Eesti_Vabariigi_Tartu_Ulikool, lk 107
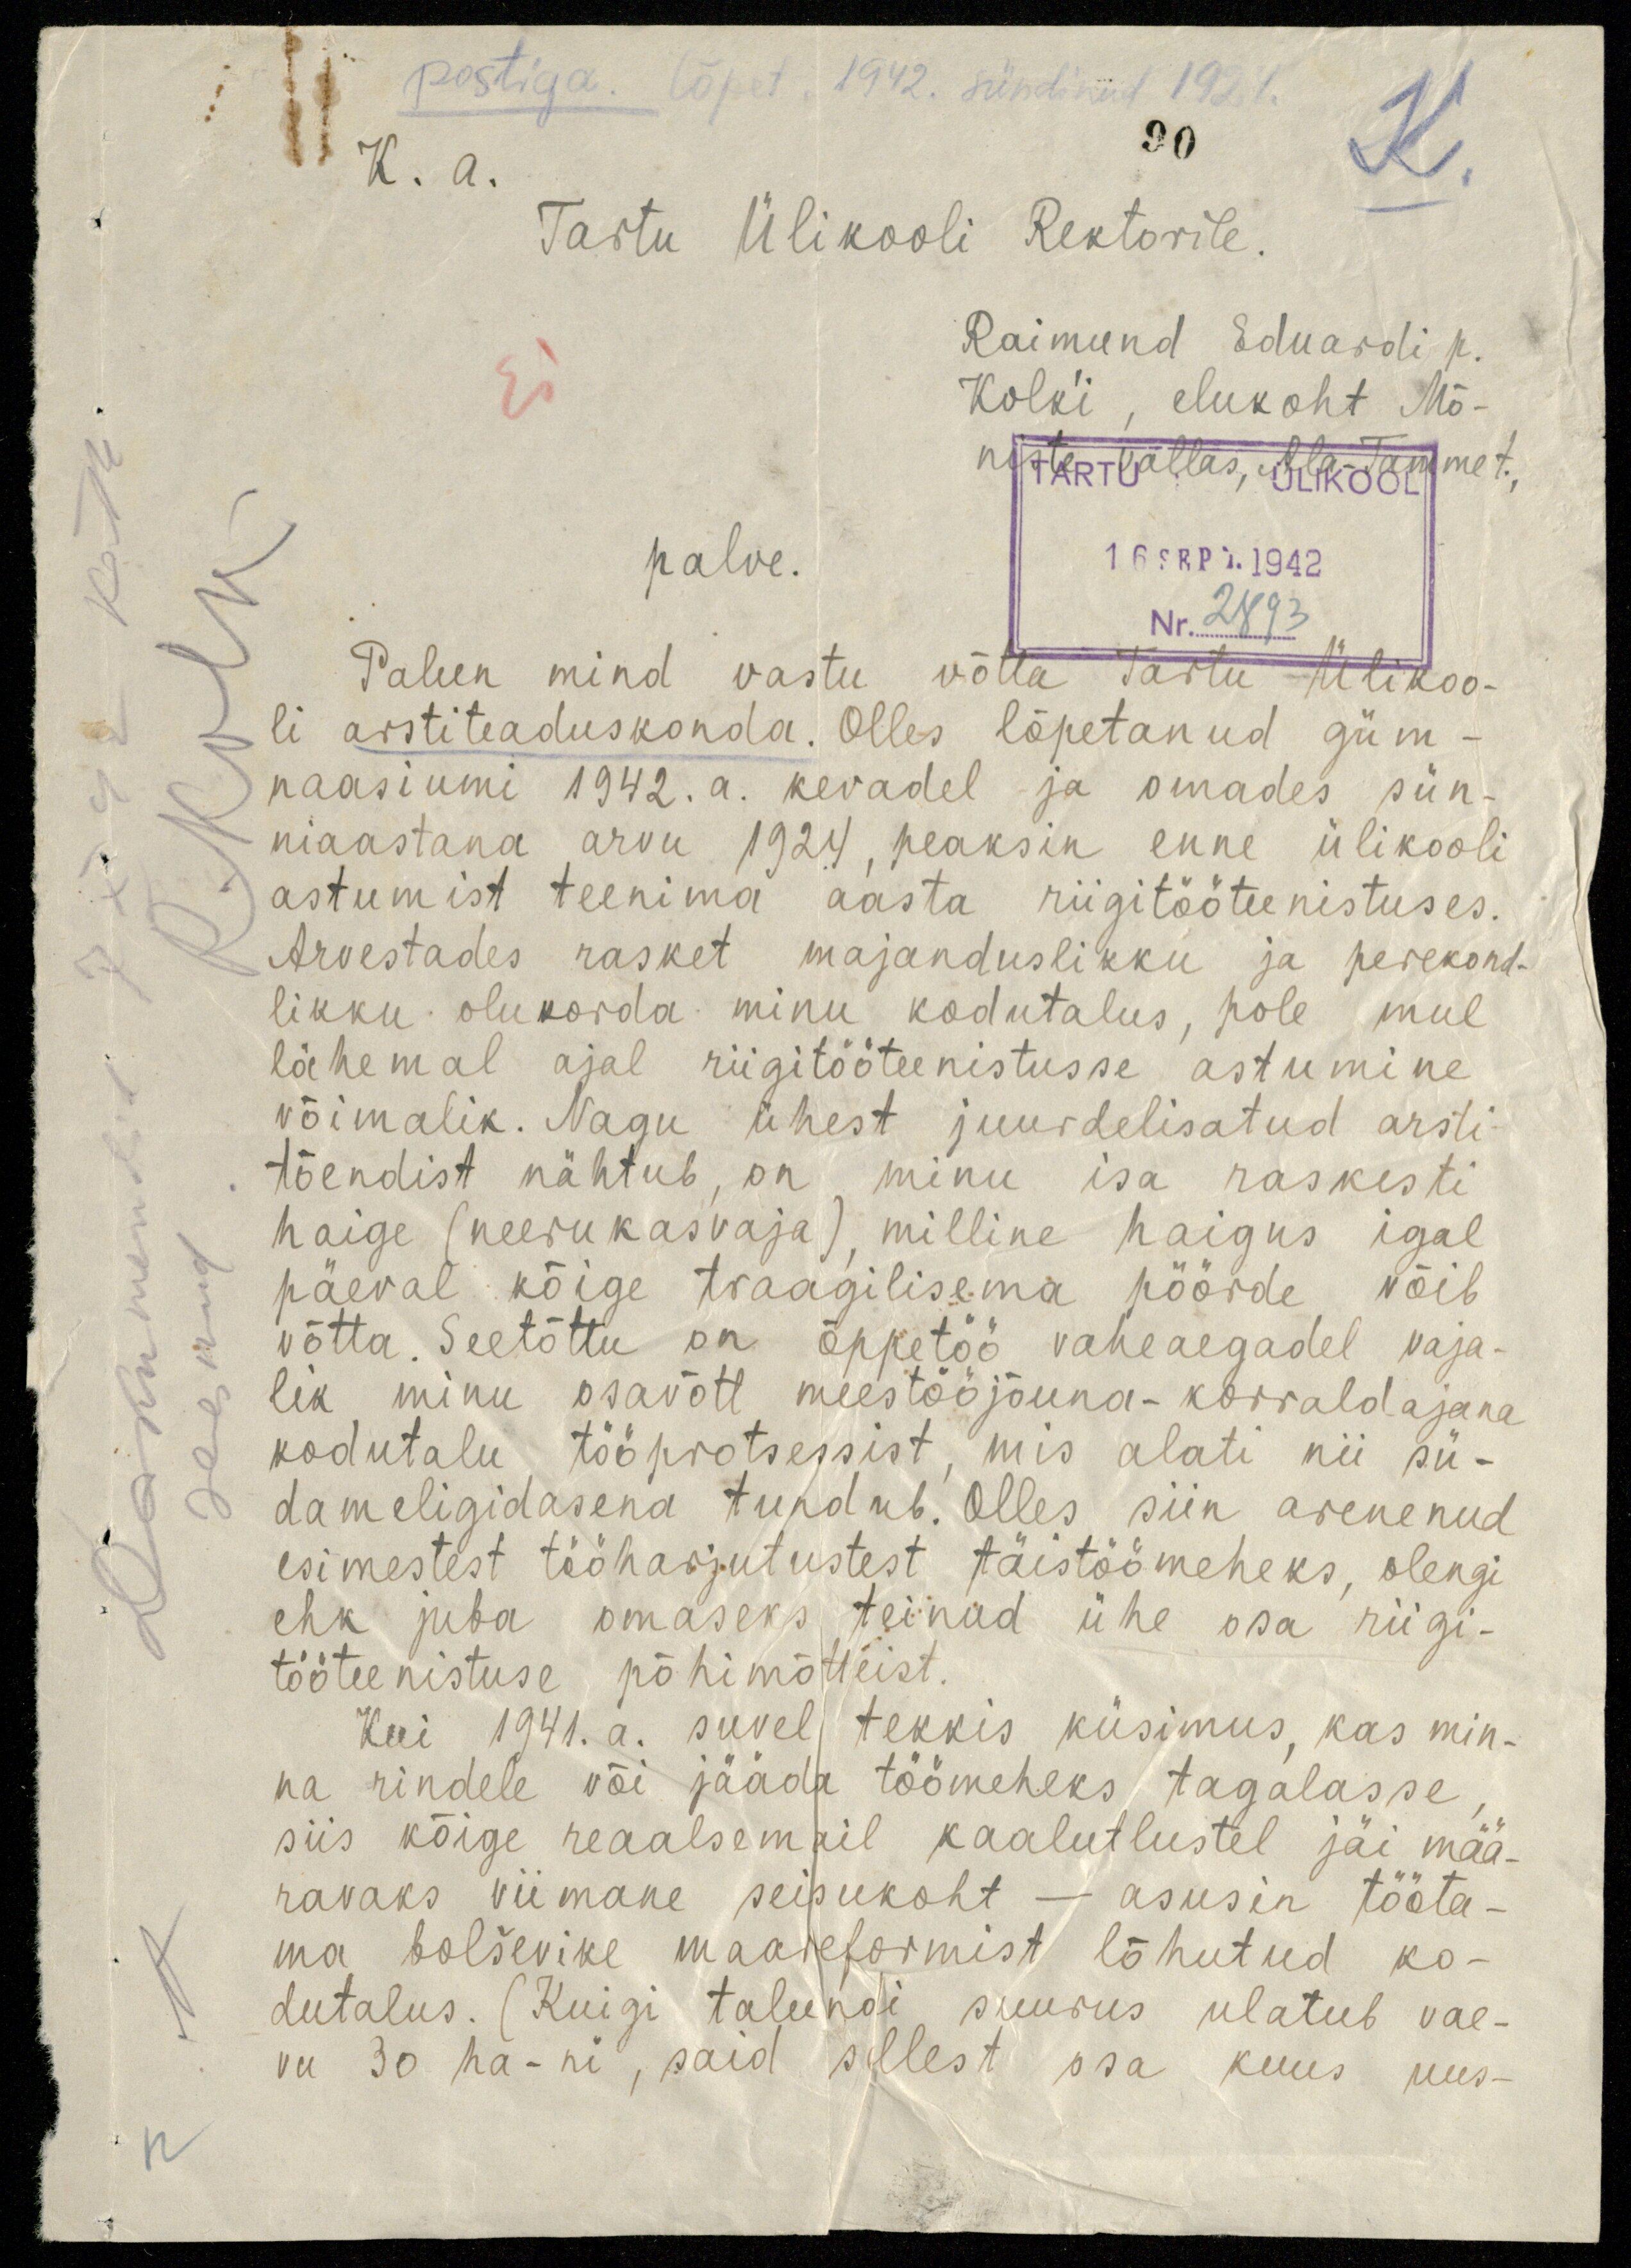
postiga. lõpet. 1932. sündinud 1924.
90
K. a.
Tartu Ülikooli Rektorile.
Raimund Eduardi p.
Kolk'i, elukoht Mõ-
niste vallas, Ala-Tamme t.
Ei
TARTU ÜLIKOOL
16 SEPT.1942
Nr. 2893
palve.
Palun mind vastu võtta Tartu Ülikoo-
li arstiteaduskonda. Olles lõpetanud güm-
naasiumi 1942. a. kevadel ja omade sün-
niaastana arvu 1924, peaksin enne ülikooli
astumist teenima aasta riigitööteenistuses.
Arvestades rasket majanduslikku ja perekond-
likku olukorda minu kodutalus, pole mul
lähemal ajal riigitööteenistusse astumine
võimalik. Nagu ühest juurdelisatud arsti
tõendist nähtub, on minu isa raskesti
haige (neerukasvaja) milline haigus igal
päeval kõige traagilisema pöörde võib
võtta. Seetõttu on õppetöö vaheaegadel vaja-
lik minu osavõtt meestööjõuna-korraldajana
kodutalu tööprotsessist, mis alati nii sü-
dameligidasena tundub. Olles siin arenenud
esimestest tööharjutustest täistöömeheks, olengi
ehk juba omaseks teinud ühe osa riigi-
tööteenistuse põhimõtteist.
Kui 1941. a. suvel tekkis küsimus, kas min-
na rindele või jääda töömeheks tagalasse,
siis kõige reaalsemail kaalutlustel jäi mää-
ravaks viimane seisukoht - asusin tööta-
ma bolševike maareformist lõhutud ko-
dutalus. (Kuigi talundi suurus ulatub vae-
vu 30 ha-ni, said sellest osa kuus uus-

Dokumendid 7 X 42 kätte
saanud
R. Kolk